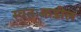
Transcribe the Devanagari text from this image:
स्वतःकडील